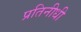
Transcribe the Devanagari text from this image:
प्रतिनीधी